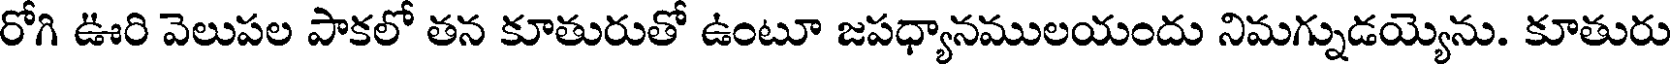
రోగి ఊరి వెలుపల పాకలో తన కూతురుతో ఉంటూ జపధ్యానములయందు నిమగ్నుడయ్యెను. కూతురు